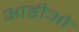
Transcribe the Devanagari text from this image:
आडीओ